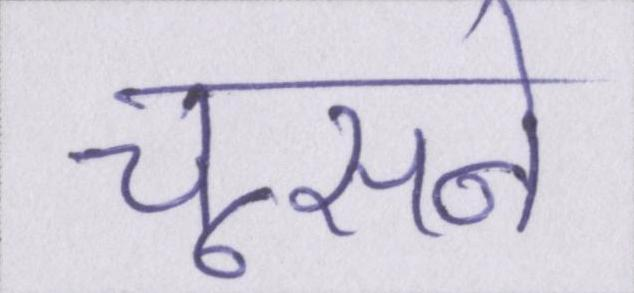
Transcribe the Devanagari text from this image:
चूसने